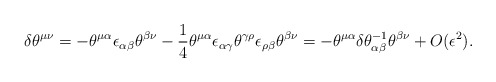
\begin{align*} \delta \theta^{\mu\nu}=-\theta^{\mu\alpha}\epsilon_{\alpha\beta} \theta^{\beta\nu}-\frac{1}{4}\theta^{\mu\alpha}\epsilon_{\alpha\gamma} \theta^{\gamma\rho}\epsilon_{\rho\beta}\theta^{\beta\nu}= -\theta^{\mu\alpha}\delta\theta^{-1}_{\alpha\beta} \theta^{\beta\nu}+O(\epsilon^2).\end{align*}